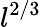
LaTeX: l^{2/3}